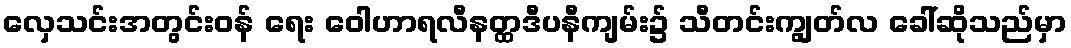
လှေသင်းအတွင်းဝန် ရေး ဝေါဟာရလီနတ္ထဒီပနီကျမ်း၌ သီတင်းကျွတ်လ ခေါ်ဆိုသည်မှာ